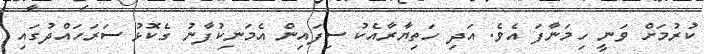
ކުރުމަށް ވަނީ ހިމަނާފަ އެވެ. އަދި ހަތިޔާރާއެކު ސިފައިން އެމަނިކުފާނު ގެކޮޅު ސަރަހައްދުގައި